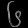
Digit: ၆